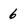
Character: 6